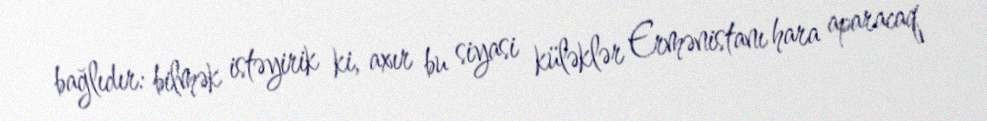
bağlıdır: bilmək istəyirik ki, axır bu siyasi küləklər Ermənistanı hara aparacaq